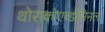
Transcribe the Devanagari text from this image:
थोराकोएब्डोमिनल